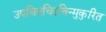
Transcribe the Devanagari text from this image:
उपचितचिरचिन्मुकुरित